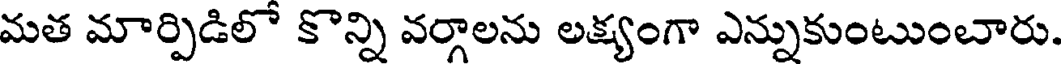
మత మార్పిడిలో కొన్ని వర్గాలను లక్ష్యంగా ఎన్నుకుంటుంబారు.